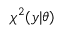
\chi ^ { 2 } ( y | \theta )